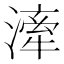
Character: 𣽲